Indian journal of veterinary science and animal husbandry - Volumes 28-29, 1958-1959
Year: 1958
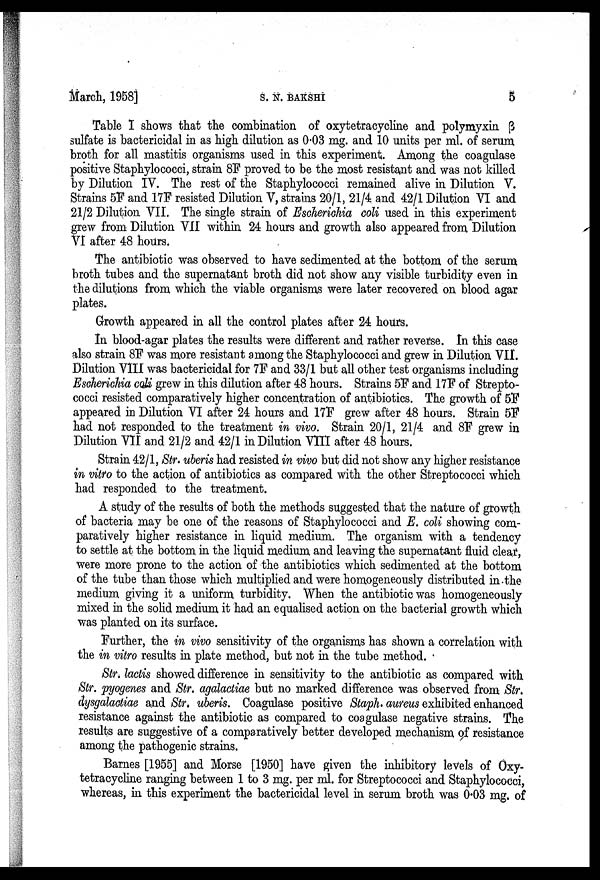
March, 1958]
S.
N.
BAKSHI
5
Table I shows that the combination of oxytetracycline and polymyxin β
sulfate is bactericidal in as high dilution as 0.03 mg. and 10 units per ml. of serum
broth for all mastitis organisms used in this experiment. Among the coagulase
positive Staphylococci, strain 8F proved to be the most resistant and was not killed
by Dilution IV. The rest of the Staphylococci remained alive in Dilution V.
Strains 5F and 17F resisted Dilution V, strains 20/1, 21/4 and 42/1 Dilution VI and
21/2 Dilution VII. The single strain of Escherichia coli used in this experiment
grew from Dilution VII within 24 hours and growth also appeared from Dilution
VI after 48 hours.
The antibiotic was observed to have sedimented at the bottom of the serum
broth tubes and the supernatant broth did not show any visible turbidity even in
the dilutions from which the viable organisms were later recovered on blood agar
plates.
Growth appeared in all the control plates after 24 hours.
In blood-agar plates the results were different and rather reverse. In this case
also strain 8F was more resistant among the Staphylococci and grew in Dilution VII.
Dilution VIII was bactericidal for 7F and 33/1 but all other test organisms including
Escherichia coli grew in this dilution after 48 hours. Strains 5F and 17F of Strepto
cocci resisted comparatively higher concentration of antibiotics. The growth of 5F
appeared in Dilution VI after 24 hours and 17F grew after 48 hours. Strain 5F
had not responded to the treatment in vivo. Strain 20/1, 21/4 and 8F grew in
Dilution VII and 21/2 and 42/1 in Dilution VIII after 48 hours.
Strain 42/1, Str. uberis had resisted in vivo but did not show any higher resistance
in vitro to the action of antibiotics as compared with the other Streptococci which
had responded to the treatment.
A study of the results of both the methods suggested that the nature of growth
of bacteria may be one of the reasons of Staphylococci and E. coli showing com
paratively higher resistance in liquid medium. The organism with a tendency
to settle at the bottom in the liquid medium and leaving the supernatant fluid clear,
were more prone to the action of the antibiotics which sedimented at the bottom
of the tube than those which multiplied and were homogeneously distributed in the
medium giving it a uniform turbidity. When the antibiotic was homogeneously
mixed in the solid medium it had an equalised action on the bacterial growth which
was planted on its surface.
Further, the in vivo sensitivity of the organisms has shown a correlation with
the in vitro results in plate method, but not in the tube method.
Str. lactis showed difference in sensitivity to the antibiotic as compared with
Str. pyogenes and Str. agalactiae but no marked difference was observed from Str.
dysgalactiae and Str. uberis. Coagulase positive Staph. aureus exhibited enhanced
resistance against the antibiotic as compared to coagulase negative strains. The
results are suggestive of a comparatively better developed mechanism of resistance
among the pathogenic strains.
Barnes [1955] and Morse [1950] have given the inhibitory levels of Oxy
tetracycline ranging between 1 to 3 mg. per ml. for Streptococci and Staphylococci,
whereas, in this experiment the bactericidal level in serum broth was 0.03 mg. of